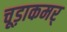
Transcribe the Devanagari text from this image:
चूड़ाकमर्